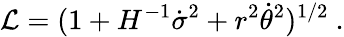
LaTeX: {\cal L}=(1+H^{-1}\dot{\sigma}^{2}+r^{2}\dot{\theta}^{2})^{1/2}\ .